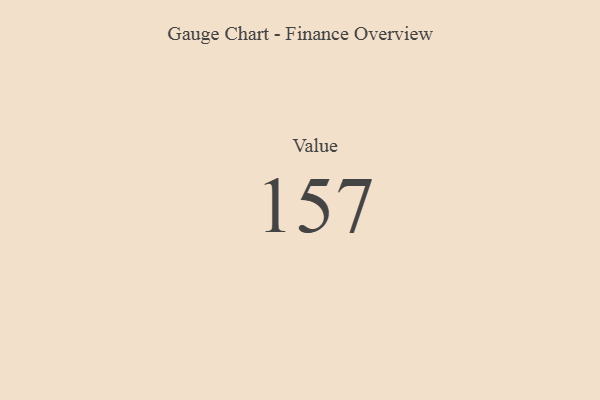
{"axis": {"x": "Metric", "y": "Value"}, "legend": [""], "data": [{"x": "Value", "y": 157, "type": ""}]}